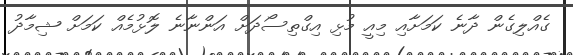
ގެއްލިގެން ދާނެ ކަމަށާއި މިއީ މުޅި އިގްތިސޯދަށް އަންނާނެ ލޮޅުމެއް ކަމަށް ޝިމާދު